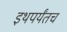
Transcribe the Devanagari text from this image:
इथपर्यंतच